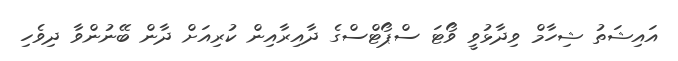
އައިޝަތު ޝިހާމް ވިދާޅުވީ ވޯޓަ ސްޕޯޓްސްގެ ދާއިރާއިން ކުރިއަށް ދާން ބޭނުންވާ ދިވެހި